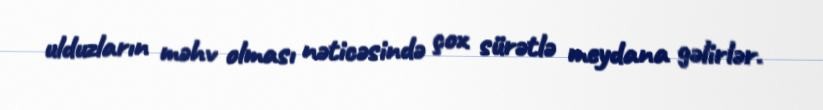
ulduzların məhv olması nəticəsində çox sürətlə meydana gəlirlər.